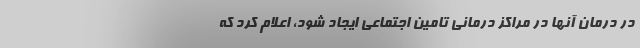
در درمان آنها در مراکز درمانی تامین اجتماعی ایجاد شود، اعلام کرد که